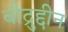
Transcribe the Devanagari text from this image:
बौद्रुद्दीन